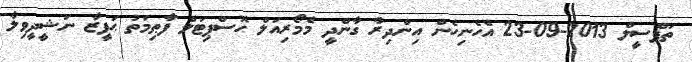
ތަފްސީލް 2013-09-23 އެހެނިހެން އިންދިރާ ގާންދީ މެމޯރިއަލް ހޮސްޕިޓަލް ފާޠިމަތު ޙަފީޒާ ނަޝީދީވިލާ